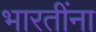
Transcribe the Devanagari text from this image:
भारतींना